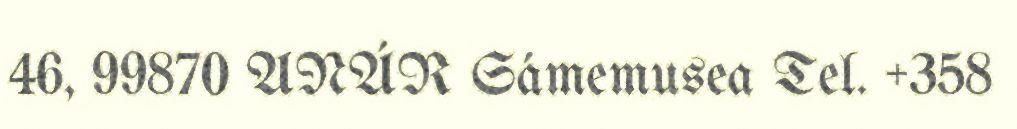
46, 99870 ANÁR Sámemusea Tel. +358